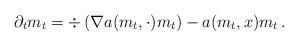
LaTeX: \begin{align*}\partial_t m_t = \div \left( \nabla a(m_t,\cdot)m_t\right) - a(m_t,x) m_t\,.\end{align*}